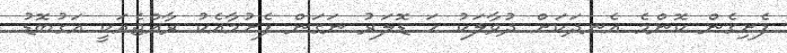
ފެށިގެން ކޮންމެ އެނދަކަށް ދުވާލަކު ހަ ޑޮލަރު ނަގަން ފެށުމާއެކު ރާއްޖެއަކީ އަގުބޮޑު